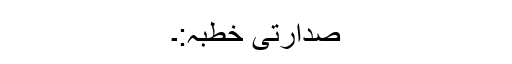
صدارتی خطبہ:۔